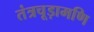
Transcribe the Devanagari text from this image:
तंत्रचूड़ामणि